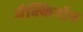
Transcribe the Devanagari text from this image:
मैक्किनॉन